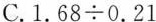
C.$$1.68\div0.21$$